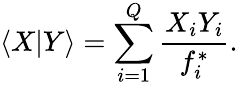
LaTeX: \langle X\lvert Y\rangle=\sum_{i=1}^{Q}\frac{X_{i}Y_{i}}{f_{i}^{*}}.